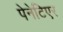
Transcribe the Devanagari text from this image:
पेनेटिएर